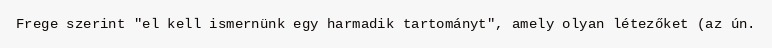
Frege szerint "el kell ismernünk egy harmadik tartományt", amely olyan létezőket (az ún.